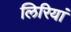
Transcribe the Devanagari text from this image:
लिरियां